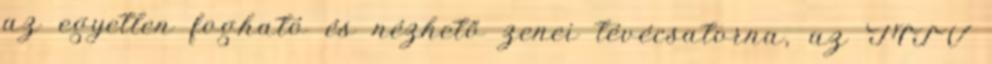
az egyetlen fogható és nézhető zenei tévécsatorna, az MTV